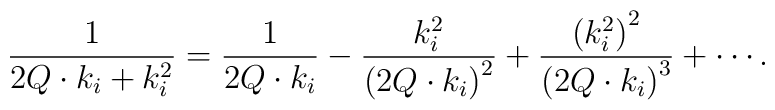
\frac{1}{2Q\cdot k_i+k_i^2}=\frac{1}{2Q\cdot k_i}- \frac{k_i^2}{\left(2Q\cdot k_i\right)^2}+\frac{\left(k_i^2\right)^2}{\left(2Q\cdot k_i\right)^3}+\cdots .